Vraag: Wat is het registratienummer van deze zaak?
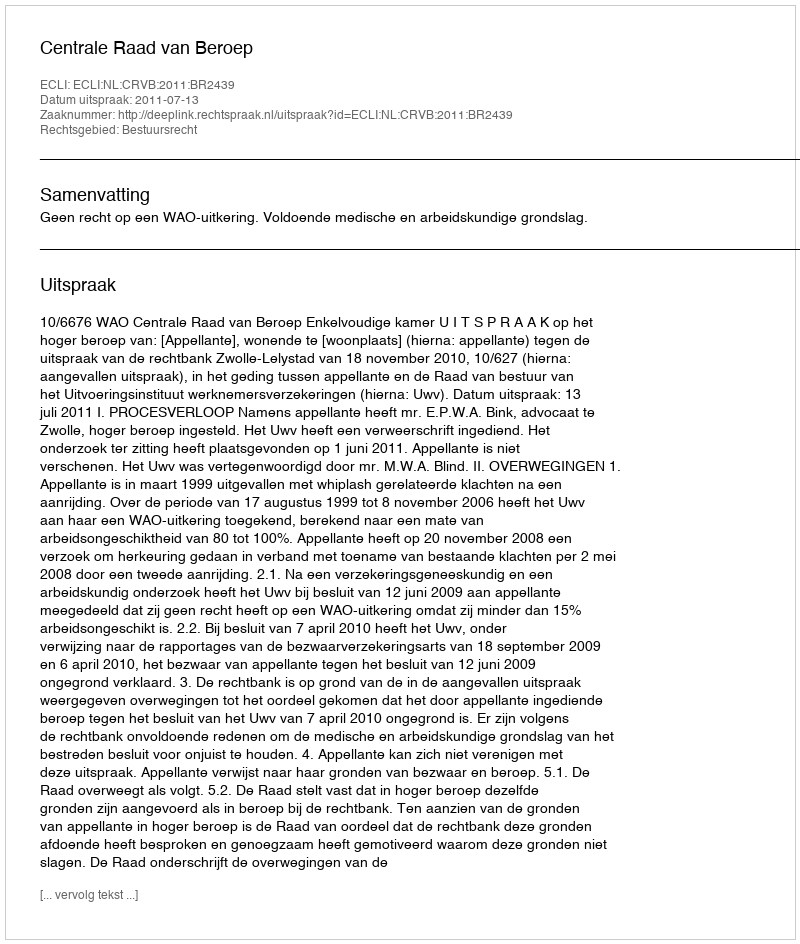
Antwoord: http://deeplink.rechtspraak.nl/uitspraak?id=ECLI:NL:CRVB:2011:BR2439